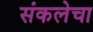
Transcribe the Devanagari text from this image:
संकलेचा